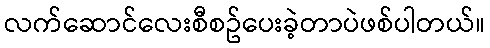
လက်ဆောင်လေးစီစဥ်ပေးခဲ့တာပဲဖစ်ပါတယ်။